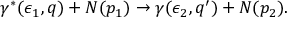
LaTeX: \gamma ^ { * } ( \epsilon _ { 1 } , q ) + N ( p _ { 1 } ) \rightarrow \gamma ( \epsilon _ { 2 } , q ^ { \prime } ) + N ( p _ { 2 } ) .